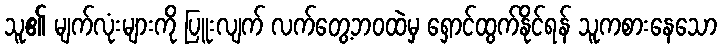
သူ၏ မျက်လုံးများကို ပြူးလျက် လက်တွေ့ဘဝထဲမှ ရှောင်ထွက်နိုင်ရန် သူကစားနေသော